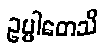
ဥပ္ပါတေသိ